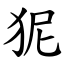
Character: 狔